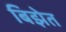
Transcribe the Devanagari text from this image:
बिझेत